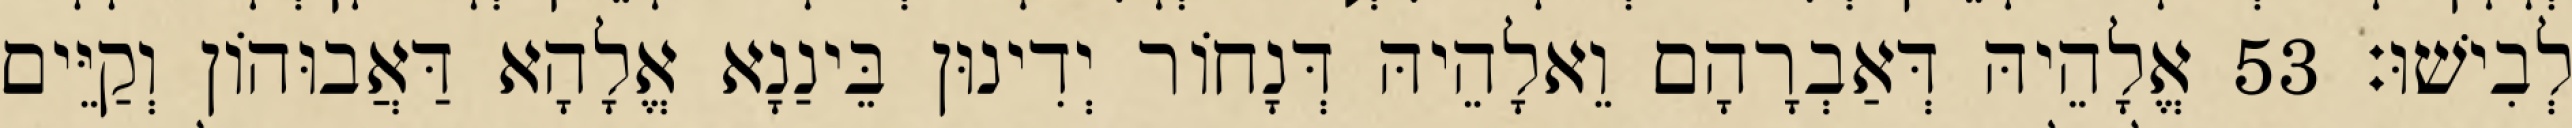
לְבִישׁוּ׃ 53 אֱלָהֵיהּ דְּאַבְרָהָם וֵאלָהֵיהּ דְּנָחוֹר יְדִינוּן בֵּינַנָא אֱלָהָא דַּאֲבוּהוֹן וְקַיֵּים